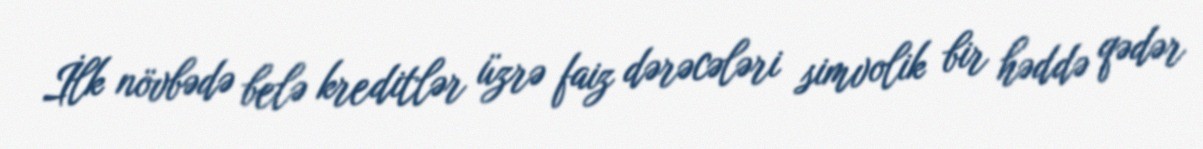
İlk növbədə belə kreditlər üzrə faiz dərəcələri simvolik bir həddə qədər